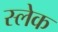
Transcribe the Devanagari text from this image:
स्लेक